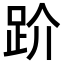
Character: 𧿩